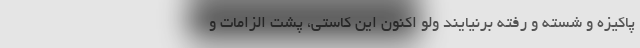
پاکیزه و شسته و رُفته برنیایند ولو اکنون این کاستی، پشت الزامات و